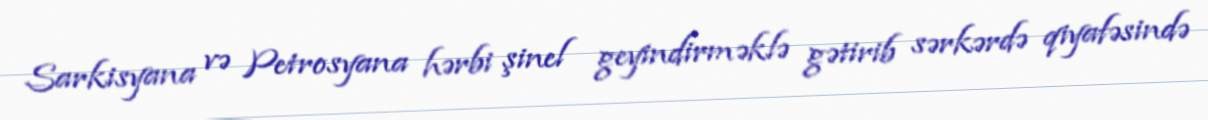
Sarkisyana və Petrosyana hərbi şinel geyindirməklə gətirib sərkərdə qiyafəsində